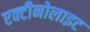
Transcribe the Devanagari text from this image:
एक्टीनोलाइट